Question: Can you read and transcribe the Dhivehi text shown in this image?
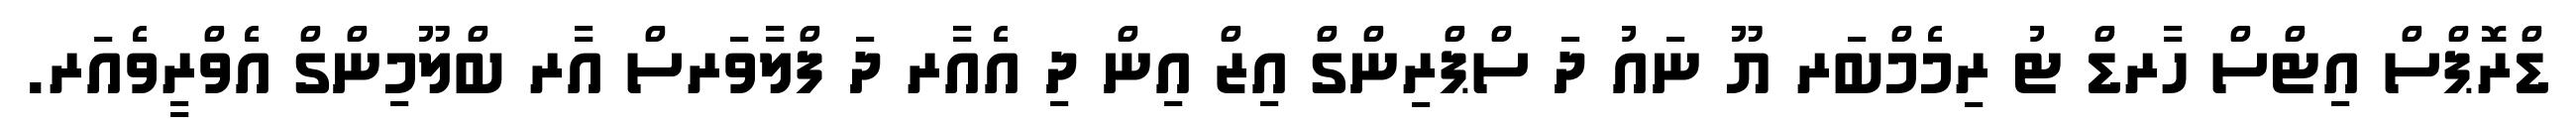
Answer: ޑްރޮޕްސް އިޓްސް ހާރޑް ޓު ރިމެމްބަރ ޔޫ ނައު ދަ ސްޕްރިންގް އިޒް އިން ދި އެއާރ ދަ ފްލާވަރސް އާރ ބްލޫމިންގް އެވްރީވެއަރ.